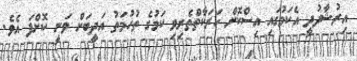
އިރުޝާދުދީ އެކަމުގައި އިސްކޮށް ހަރަކާތްތެރިވި ކަމުގެ ތުހުމަތު އަދީބަށް ވަނީ ކޮށްފަ އެވެ.